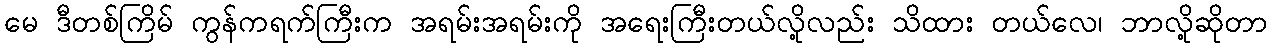
မေ ဒီတစ်ကြိမ် ကွန်ကရက်ကြီးက အရမ်းအရမ်းကို အရေးကြီးတယ်လို့လည်း သိထား တယ်လေ၊ ဘာလို့ဆိုတာ